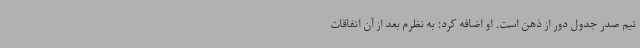
تیم صدر جدول دور از ذهن است. او اضافه کرد: به نظرم بعد از آن اتفاقات